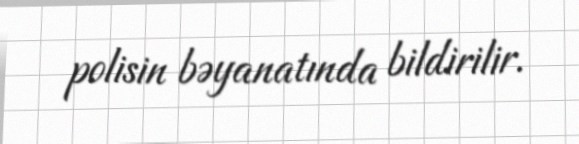
polisin bəyanatında bildirilir.